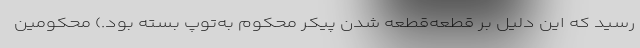
رسید که این دلیل بر قطعه‌قطعه شدن پیکر محکوم به‌توپ بسته بود.) محکومین